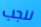
ننجب